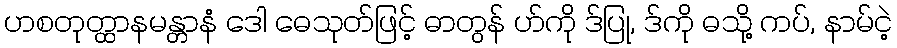
ဟစတုတ္ထာနမန္တာနံ ဒေါ ဓေသုတ်ဖြင့် ဓာတွန် ဟ်ကို ဒ်ပြု, ဒ်ကို ဓသို့ ကပ်, နာမ်ငဲ့